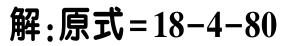
解：原式\(=18 - 4 - 80\)